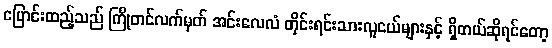
ပြောင်းထည့်သည် ကြိုတင်လက်မှတ် အင်းလေလံ တိုင်းရင်းသားလူငယ်များနှင့် ရှိတယ်ဆိုရင်တော့